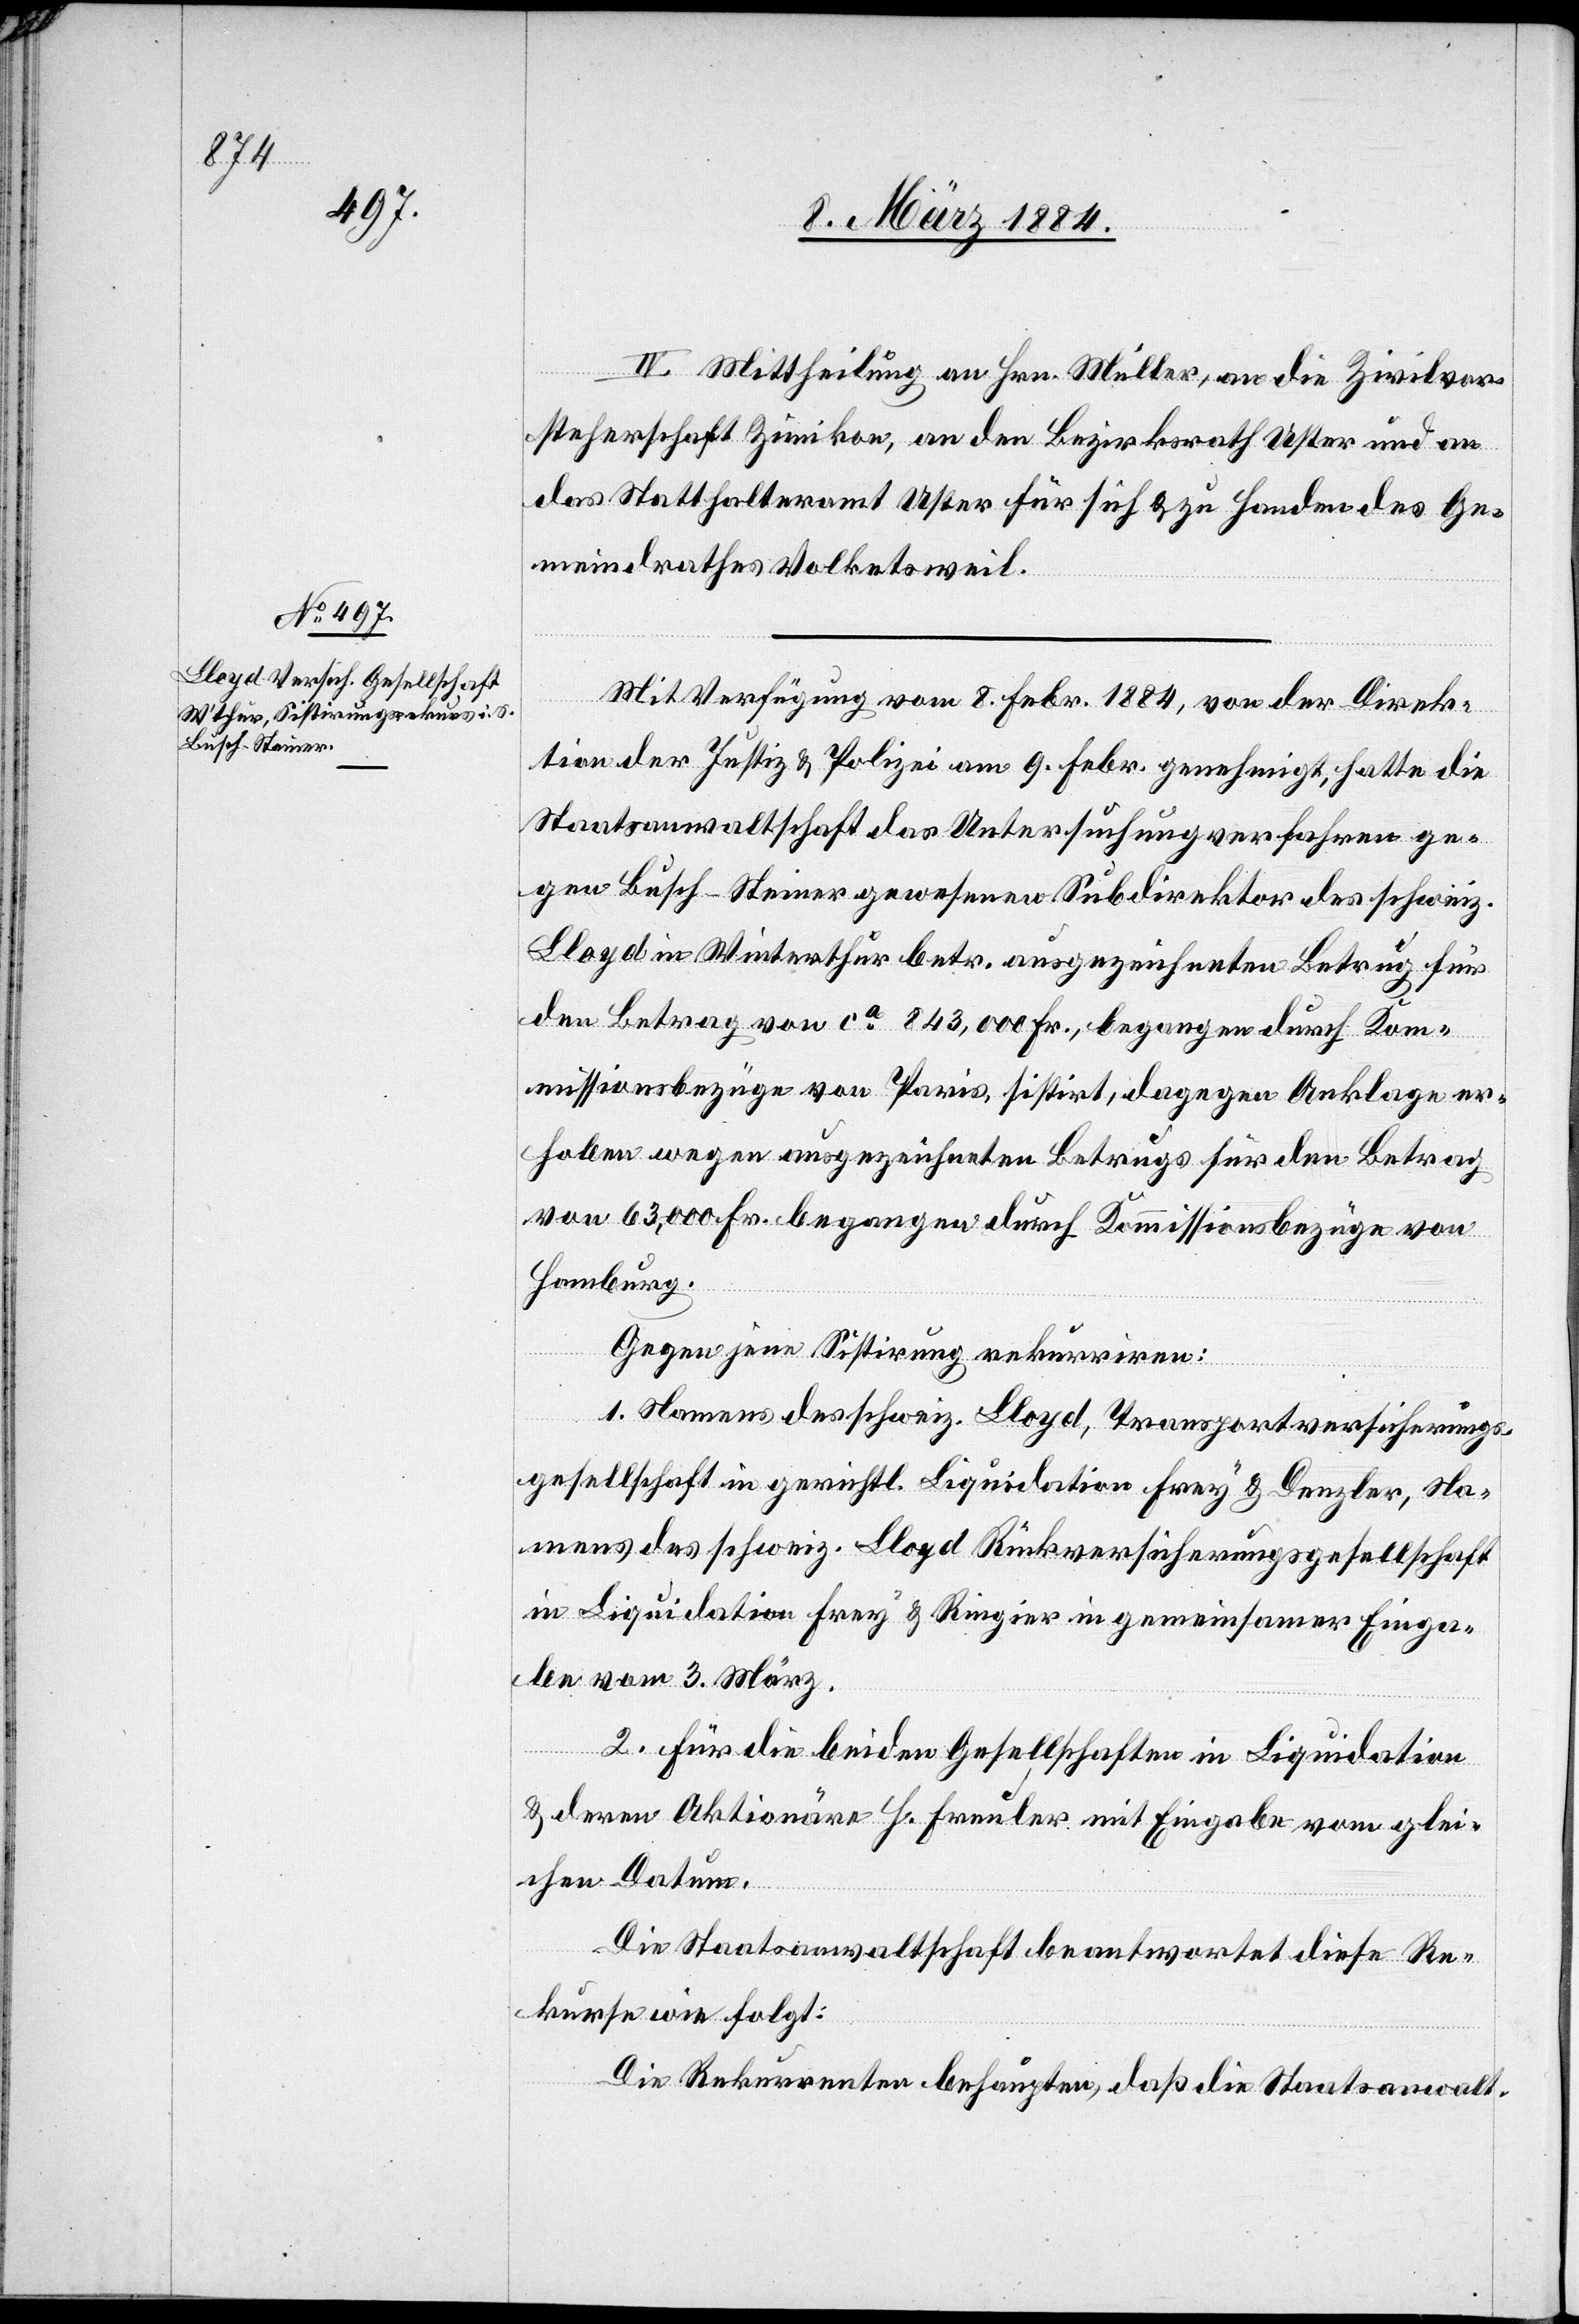
IV. Mittheilung an Hrn. Müller, an die Zivilvor¬
steherschaft Zimikon, an den Bezirksrath Uster und an
das Statthalteramt Uster für sich & zu Handen des Ge¬
meindrathes Volketsweil.
Mit Verfügung vom 8. Febr. 1884, von der Direk¬
tion der Justiz & Polizei am 9. Febr. genehmigt, hatte die
Staatsanwaltschaft das Untersuchungsverfahren ge¬
gen Busch-Steiner, gewesenen Subdirektor des schweiz.
Lloyd in Winterthur betr. ausgezeichneten Betrug für
den Betrag von ca 843,000 Fr., begangen durch Kom¬
missionsbezüge von Paris, sistirt, dagegen Anklage er¬
hoben wegen ausgezeichneten Betrugs für den Betrag
von 63,000 Fr. begangen durch Kommissionsbezüge von
Hamburg.
Gegen jene Sistirung rekurriren:
1. Namens des schweiz. Lloyd, Transportversicherungs¬
gesellschaft in gerichtl. Liquidation Frey & Denzler, Na¬
mens des schweiz. Lloyd Rückversicherungsgesellschaft
in Liquidation Frey & Ringier in gemeinsamer Einga¬
be vom 3. März.
2. Für die beiden Gesellschaften in Liquidation
& deren Aktionäre H. Freuler mit Eingabe vom glei¬
chen Datum.
Die Staatsanwaltschaft beantwortet diese Re¬
kurse wie folgt:
Die Rekurrenten behaupten, daß die Staatsanwalt-